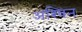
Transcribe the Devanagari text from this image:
अश्‍िवन